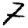
Digit: 7